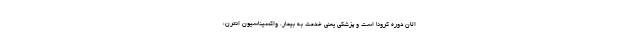
الان دوره کرونا است و پزشکی یعنی خدمت به بیمار. واکسیناسیون انترن،